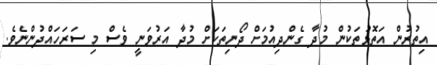
އިތުރުން އަތޮޅުތަކުން މުދާ ގެންދިއުމަށް ދޯނިތަކަށް މުދާ އަރުވަނީ ވެސް މި ސަރަހައްދުންނެވެ.